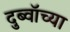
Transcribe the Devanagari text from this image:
दुब्वॉच्या